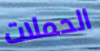
الحملات